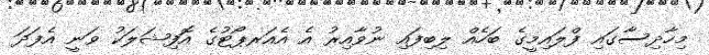
މިހާދިސާގައި ފްލައިމީގެ ބަހެއް ލިބިފައި ނުވާއިރު އެ އެއަރޕޯޓުގެ އޮފިޝަލަކު ވަނީ އެފަދަ